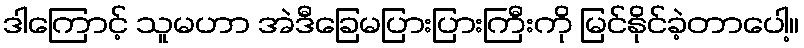
ဒါကြောင့် သူမဟာ အဲဒီခြေမပြားပြားကြီးကို မြင်နိုင်ခဲ့တာပေါ့။